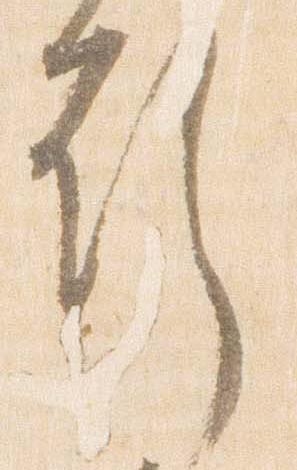
行